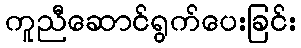
ကူညီဆောင်ရွက်ပေးခြင်း